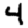
Digit: 4